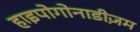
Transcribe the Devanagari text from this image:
हाइपोगोनाडीज़म